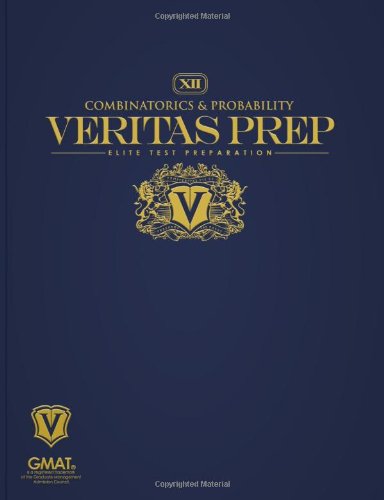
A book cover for Combinatorics & Probability (Veritas Prep GMAT Series); Veritas Prep; Test Preparation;